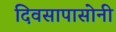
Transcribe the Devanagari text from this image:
दिवसापासोनी